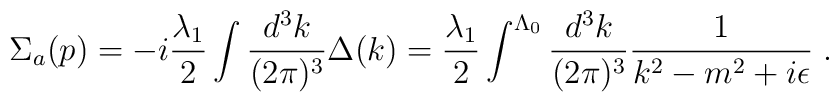
\Sigma_{a} (p)= -i\frac{\lambda_1}{2} \int \frac{d^3k}{(2\pi)^3}\Delta (k) =\frac{\lambda_1}{2} \int^{\Lambda_0} \frac{d^3k}{(2\pi)^3} \frac{1}{k^2-m^2+i\epsilon}\; .